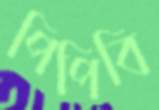
পিপিবি